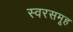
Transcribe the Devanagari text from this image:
स्वरसमूह